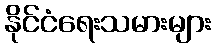
နိုင်ငံရေးသမားများ